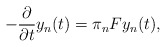
\begin{align*} - \frac{\partial}{\partial t} y_n (t) = \pi_n F y_n(t) ,\end{align*}